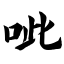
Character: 呲